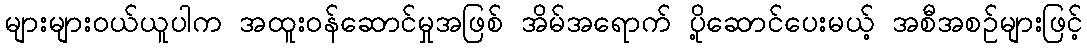
များများဝယ်ယူပါက အထူးဝန်ဆောင်မှုအဖြစ် အိမ်အရောက် ပို့ဆောင်ပေးမယ့် အစီအစဉ်များဖြင့်